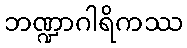
ဘဏ္ဍာဂါရိကဿ